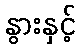
နွားနှင့်